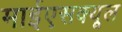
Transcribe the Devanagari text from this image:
माईएसक्यूल